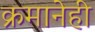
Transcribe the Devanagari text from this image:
क्रमानेही